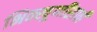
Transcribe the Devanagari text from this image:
भिक्खूणींसाठी